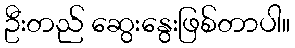
ဦးတည် ဆွေးနွေးဖြစ်တာပါ။